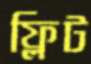
ফ্লিট